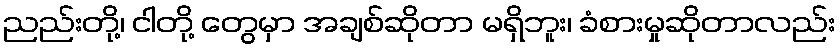
ညည်းတို့၊ ငါတို့ တွေမှာ အချစ်ဆိုတာ မရှိဘူး၊ ခံစားမှုဆိုတာလည်း